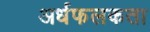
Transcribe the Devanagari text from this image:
अर्धफलकता